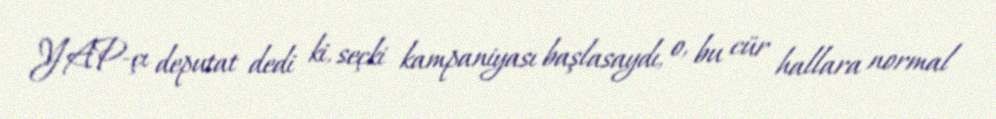
YAP-çı deputat dedi ki, seçki kampaniyası başlasaydı, o, bu cür hallara normal